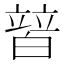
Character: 𤾕